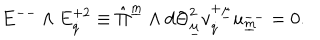
{ E } ^ { -- } \wedge { E } _ { \dot { q } } ^ { + 2 } \equiv \hat { \Pi } ^ { \underline { { { m } } } } \wedge d { \Theta } _ { \underline { { { \mu } } } } ^ { 2 } v _ { \dot { q } } ^ { + \underline { { { \mu } } } } u _ { \underline { { { m } } } } ^ { -- } = 0 . \qquad